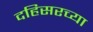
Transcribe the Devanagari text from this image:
दहिसरच्या